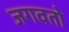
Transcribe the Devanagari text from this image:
जगवतो